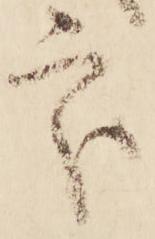
處